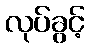
လုပ်ခွင့်